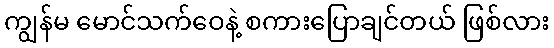
ကျွန်မ မောင်သက်ဝေနဲ့ စကားပြောချင်တယ် ဖြစ်လား